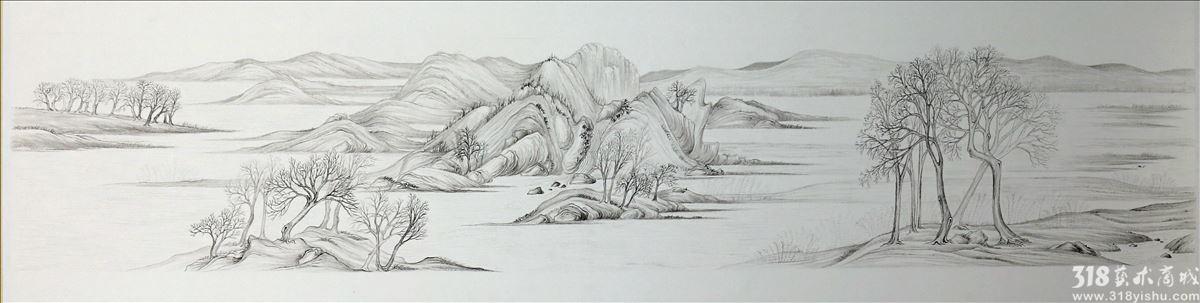
柳带摇风汉水滨，平芜两岸争匀。